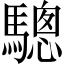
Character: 驄